Leaving Certificate, 1937
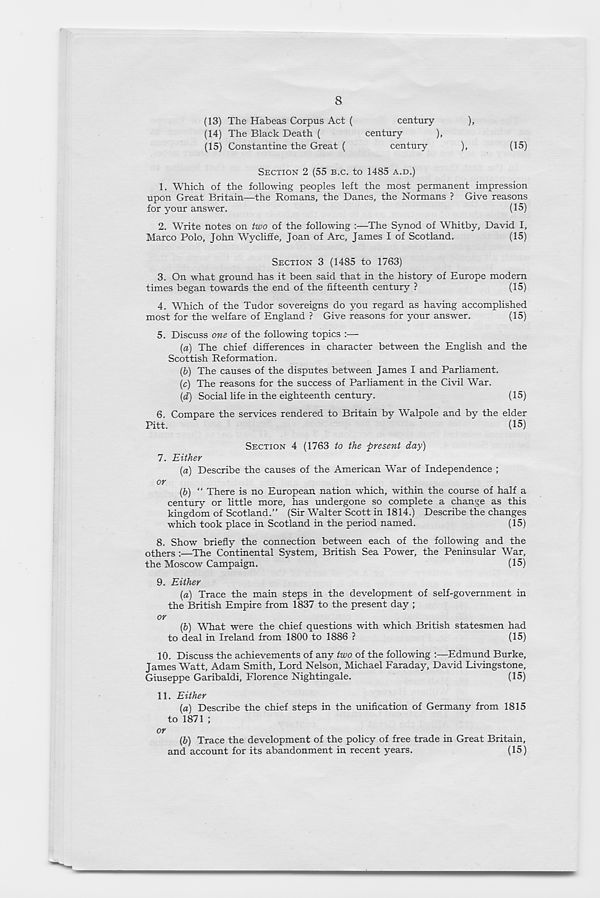
8
(13) The Habeas Corpus Act (
century
),
(14) The Black Death (
century
),
(15) Constantine the Great (
century
),
(15)
SECTION 2 (55 B.C. to 1485 A.D.)
1. Which of the following peoples left the most permanent impression
upon Great Britain—the Romans, the Danes, the Normans ? Give reasons
for your answer.
(15)
2. Write notes on two of the following :—The Synod of Whitby, David I,
Marco Polo, John Wycliffe, Joan of Arc, James I of Scotland.
(15)
SECTION 3 (1485 to 1763)
3. On what ground has it been said that in the history of Europe modern
times began towards the end of the fifteenth century ?
(15)
4. Which of the Tudor sovereigns do you regard as having accomplished
most for the welfare of England ? Give reasons for your answer.
(15)
5. Discuss one of the following topics :—
{a) The chief differences in character between the English and the
Scottish Reformation.
(b) The causes of the disputes between James I and Parliament.
(c) The reasons for the success of Parliament in the Civil War.
(d) Social life in the eighteenth century.
(15)
6. Compare the services rendered to Britain by Walpole and by the elder
Pitt.
(15)
SECTION 4 (1763 to the present day)
7. Either
(a) Describe the causes of the American War of Independence ;
or
(b) “ There is no European nation which, within the course of half a
century or little more, has undergone so complete a change as this
kingdom of Scotland.” (Sir Walter Scott in 1814.) Describe the changes
which took place in Scotland in the period named.
(15)
8. Show briefly the connection between each of the following and the
others :—The Continental System, British Sea Power, the Peninsular War,
the Moscow Campaign.
(15)
9. Either
(a) Trace the main steps in the development of self-government in
the British Empire from 1837 to the present day ;
or
(b) What were the chief questions with which British statesmen had
to deal in Ireland from 1800 to 1886 ?
(15)
10. Discuss the achievements of any two of the following :—Edmund Burke,
James Watt, Adam Smith, Lord Nelson, Michael Faraday, David Livingstone,
Giuseppe Garibaldi, Florence Nightingale.
(15)
11. Either
(a) Describe the chief steps in the unification of Germany from 1815
to 1871 ;
or
(b) Trace the development of the policy of free trade in Great Britain,
and account for its abandonment in recent years.
(15)